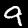
Digit: 9